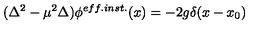
( \Delta ^ { 2 } - \mu ^ { 2 } \Delta ) \phi ^ { e f f . i n s t . } ( x ) = - 2 g \delta ( x - x _ { 0 } )